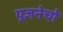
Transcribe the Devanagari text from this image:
पूजनेचो